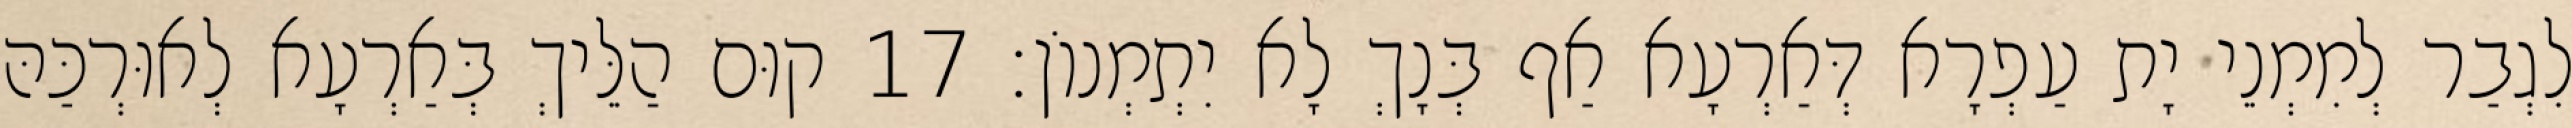
לִגְבַר לְמִמְנֵי יָת עַפְרָא דְּאַרְעָא אַף בְּנָךְ לָא יִתְמְנוֹן׃ 17 קוּם הַלֵּיךְ בְּאַרְעָא לְאוּרְכַּהּ